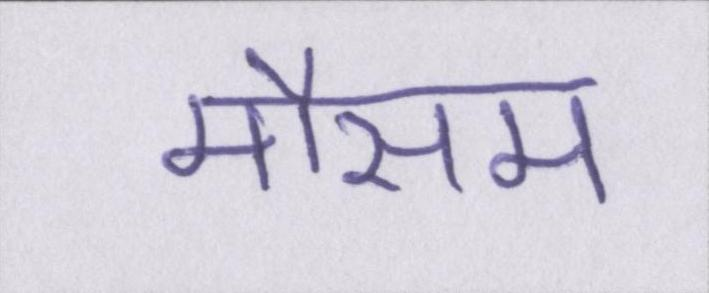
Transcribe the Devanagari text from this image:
मौसम